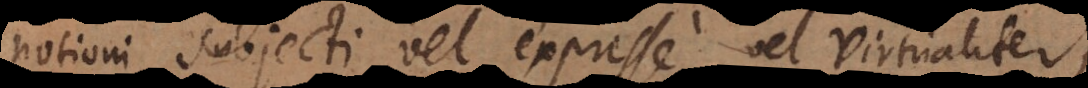
notioni subjecti vel expresse, vel virtualiter;